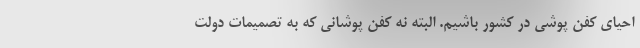
احیای کفن پوشی در کشور باشیم. البته نه کفن پوشانی که به تصمیمات دولت